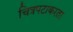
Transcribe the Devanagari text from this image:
चित्रपटाकरता